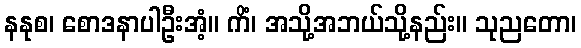
နနုစ၊ စောဒနာပါဦးအံ့။ ကိံ၊ အသို့အဘယ်သို့နည်း။ သုညတော၊